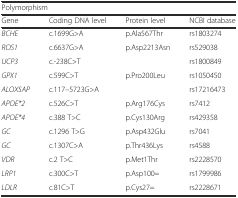
<table><thead><tr><td colspan="4"><b>Polymorphism</b></td></tr><tr><td><b>Gene</b></td><td><b>Coding DNA level</b></td><td><b>Protein level</b></td><td><b>NCBI database</b></td></tr></thead><tbody><tr><td><i>BCHE</i></td><td>c.1699G&gt;A</td><td>p.Ala567Thr</td><td>rs1803274</td></tr><tr><td><i>ROS1</i></td><td>c.6637G&gt;A</td><td>p.Asp2213Asn</td><td>rs529038</td></tr><tr><td><i>UCP3</i></td><td>c.-238C&gt;T</td><td></td><td>rs1800849</td></tr><tr><td><i>GPX1</i></td><td>c.599C&gt;T</td><td>p.Pro200Leu</td><td>rs1050450</td></tr><tr><td><i>ALOX5AP</i></td><td>c.117–5723G&gt;A</td><td></td><td>rs17216473</td></tr><tr><td><i>APOE*2</i></td><td>c.526C&gt;T</td><td>p.Arg176Cys</td><td>rs7412</td></tr><tr><td><i>APOE*4</i></td><td>c.388 T&gt;C</td><td>p.Cys130Arg</td><td>rs429358</td></tr><tr><td><i>GC</i></td><td>c.1296 T&gt;G</td><td>p.Asp432Glu</td><td>rs7041</td></tr><tr><td><i>GC</i></td><td>c.1307C&gt;A</td><td>p.Thr436Lys</td><td>rs4588</td></tr><tr><td><i>VDR</i></td><td>c.2 T&gt;C</td><td>p.Met1Thr</td><td>rs2228570</td></tr><tr><td><i>LRP1</i></td><td>c.300C&gt;T</td><td>p.Asp100=</td><td>rs1799986</td></tr><tr><td><i>LDLR</i></td><td>c.81C&gt;T</td><td>p.Cys27=</td><td>rs2228671</td></tr></tbody></table>